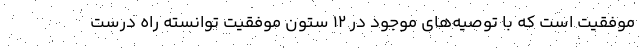
موفقیت است که با توصیه‌های موجود در 12 ستون موفقیت توانسته راه درست